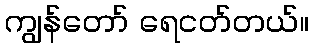
ကျွန်တော် ရေငတ်တယ်။